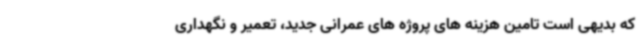
که بدیهی است تامین هزینه های پروژه های عمرانی جدید، تعمیر و نگهداری